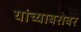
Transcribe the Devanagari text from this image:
यांच्‍याबरोबर